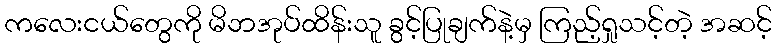
ကလေးငယ်တွေကို မိဘအုပ်ထိန်းသူ ခွင့်ပြုချက်နဲ့မှ ကြည့်ရှုသင့်တဲ့ အဆင့်